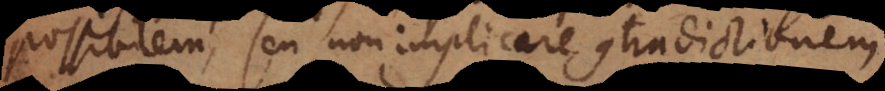
possibilem, seu non implicare contradictionem